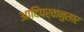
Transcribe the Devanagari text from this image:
आदिपर्वानुसार